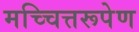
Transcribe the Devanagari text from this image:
मच्चित्तरूपेण